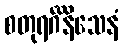
စတုရင်္ဂိနိသေနံ